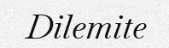
Dilemite